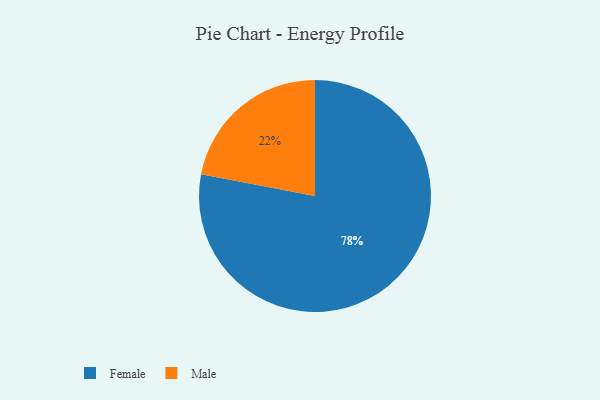
{"axis": {"x": "Category", "y": "Percentage"}, "legend": ["Female", "Male"], "data": [{"x": "Male", "y": 22, "type": "Male"}, {"x": "Female", "y": 78, "type": "Female"}]}